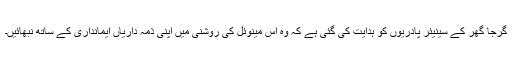
گرجا گھر کے سینیئر پادریوں کو ہدایت کی گئی ہے کہ وہ اس مینوئل کی روشنی میں اپنی ذمہ داریاں ایمانداری کے ساتھ نبھائیں۔